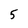
Character: 5